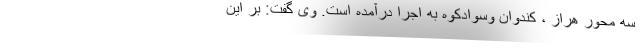
سه محور هراز ، کندوان وسوادکوه به اجرا درآمده است. وی گفت: بر این